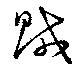
賊